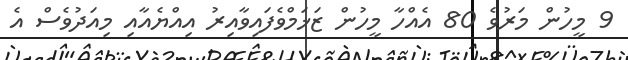
9 މީހުން މަރުވެ 80 އެއްހާ މީހުން ޒަޚަމްވެފައިވާއިރު އިއްޔެއާއި މިއަދުވެސް އެ